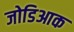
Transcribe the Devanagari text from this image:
जोडिआक